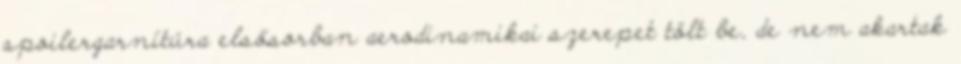
spoilergarnítúra elsősorban aerodinamikai szerepet tölt be, de nem akartak